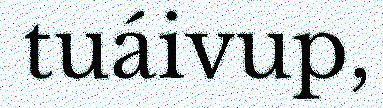
tuáivup,